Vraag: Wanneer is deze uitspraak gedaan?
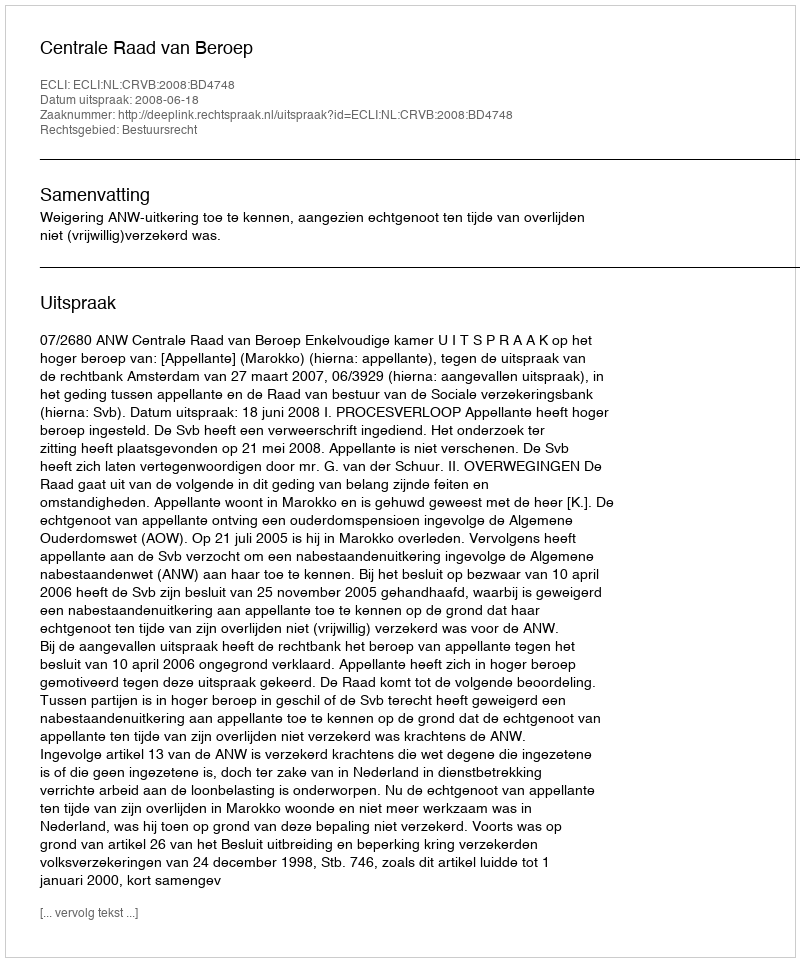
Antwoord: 2008-06-18